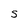
Character: S